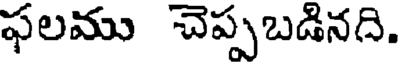
ఫలము చెప్పబడినది.